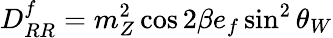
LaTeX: D_{RR}^{f}=m_{Z}^{2}\cos 2\beta e_{f}\sin^{2}\theta_{W}